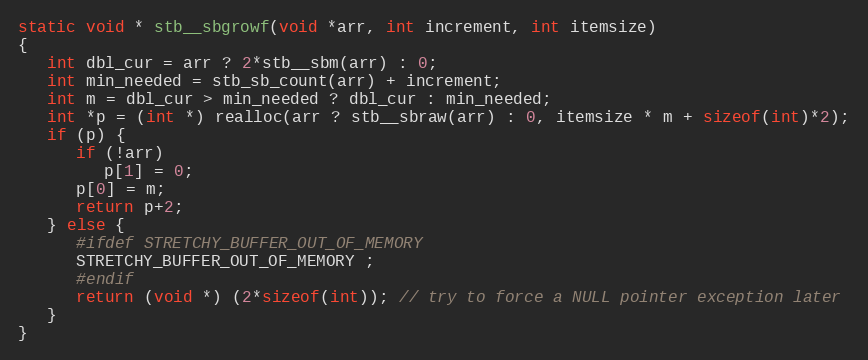
Language: C
static void * stb__sbgrowf(void *arr, int increment, int itemsize)
{
   int dbl_cur = arr ? 2*stb__sbm(arr) : 0;
   int min_needed = stb_sb_count(arr) + increment;
   int m = dbl_cur > min_needed ? dbl_cur : min_needed;
   int *p = (int *) realloc(arr ? stb__sbraw(arr) : 0, itemsize * m + sizeof(int)*2);
   if (p) {
      if (!arr)
         p[1] = 0;
      p[0] = m;
      return p+2;
   } else {
      #ifdef STRETCHY_BUFFER_OUT_OF_MEMORY
      STRETCHY_BUFFER_OUT_OF_MEMORY ;
      #endif
      return (void *) (2*sizeof(int)); // try to force a NULL pointer exception later
   }
}